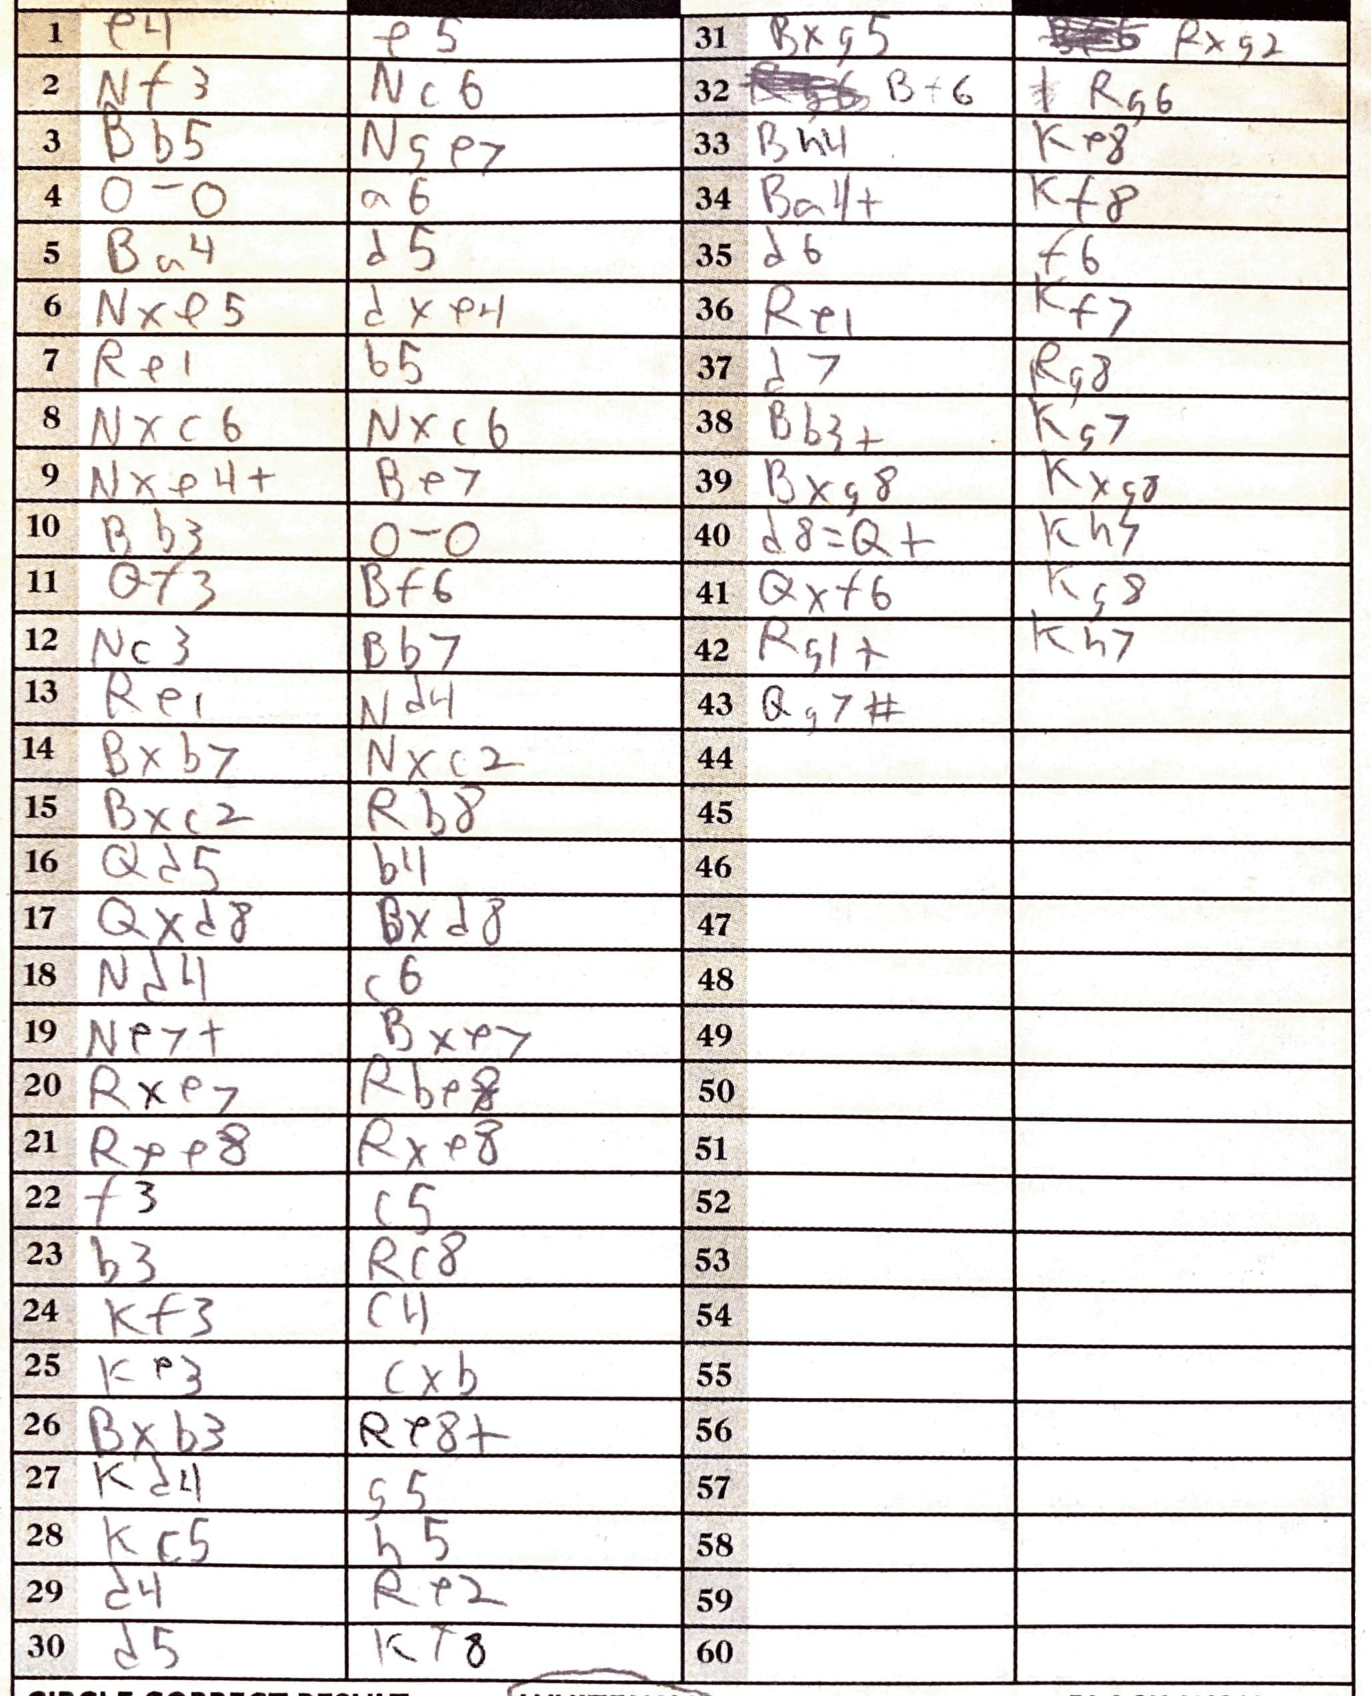
Moves: e4 e5 Nf3 Nc6 Bb5 Nge7 O-O a6 Ba4 d5 Nxe5 dxe4 Re1 b5 Nxc6 Nxc6 Nxe4+ Be7 Bb3 O-O Qf3 Bf6 Nc3 Bb7 Re1 Nd4 Bxb7 Nxc2 Bxc2 Rb8 Qd5 b4 Qxd8 Bxd8 Nd4 c6 Ne7+ Bxe7 Rxe7 Rbe8 Rxe8 Rxe8 b3 Rc8 b3 Rc8 Kf3 c4 Ke3 cxb Bxb3 Re8+ Kd4 g5 Kc5 b5 d4 Re2 d5 Kx8 Bxg5 Rxg2 Bx6 Rg6 Bh4 Ke8 Ba4+ Kf8 d6 f6 Re1 Kf7 d7 Rg8 Bb3+ Bg7 Bxg8 Kxg8 d8=Q+ Kh3 Qxf6 Kg8 Rg1+ Kh7 Qg7#